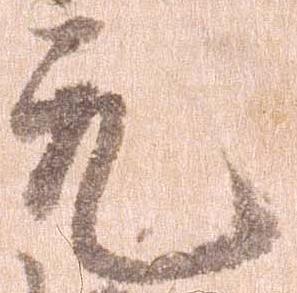
元